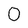
Character: 0